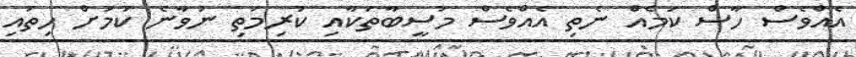
އެއްވެސް ހާސް ކަމެއް ނެތި އެއްވެސް މުސީބާތަކާއި ކުރިމަތި ނުވާނެ ކަމަށް ހިތައި